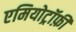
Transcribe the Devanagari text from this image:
एमियोट्रॉफ़ी